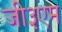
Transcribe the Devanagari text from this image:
जी३एम